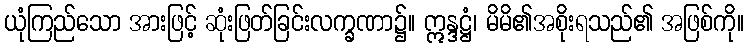
ယုံကြည်သော အားဖြင့် ဆုံးဖြတ်ခြင်းလက္ခဏာ၌။ ဣန္ဒဋ္ဌံ၊ မိမိ၏အစိုးရသည်၏ အဖြစ်ကို။